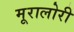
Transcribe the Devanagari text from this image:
मूरालोरी